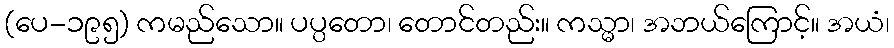
(ပေ-၁၉၅) ကမည်သော။ ပပ္ပတော၊ တောင်တည်း။ ကသ္မာ၊ အဘယ်ကြောင့်။ အယံ၊